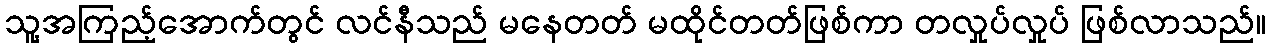
သူ့အကြည့်အောက်တွင် လင်နီသည် မနေတတ် မထိုင်တတ်ဖြစ်ကာ တလှုပ်လှုပ် ဖြစ်လာသည်။